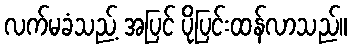
လက်မခံသည့် အပြင် ပိုပြင်းထန်လာသည်။